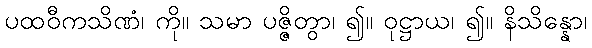
ပထဝီကသိဏံ၊ ကို။ သမာ ပဇ္ဇိတွာ၊ ၍။ ဝုဋ္ဌာယ၊ ၍။ နိသိန္နော၊